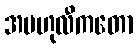
အဗဟုလီကတော